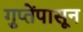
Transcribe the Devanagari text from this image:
गुप्तेंपासून